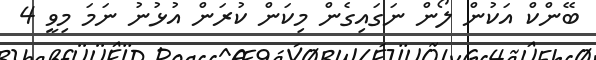
ބޭންކް އަކުން ލޯން ނަގައިގެން މިކަން ކުރަން އުޅުނު ނަމަ މިވީ 4